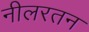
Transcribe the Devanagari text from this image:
नीलरतन